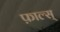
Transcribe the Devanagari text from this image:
फ़ाल्स्